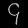
Digit: ၄